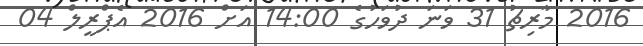
2016 މާރިޗު 31 ވަނަ ދުވަހުގެ 14:00 އަށް 2016 އެޕްރީލް 04